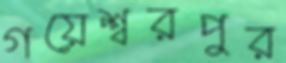
গয়েশ্বরপুর